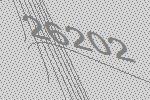
26202